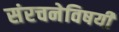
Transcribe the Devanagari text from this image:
संरचनेविषयी